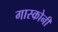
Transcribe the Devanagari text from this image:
गास्कोनी